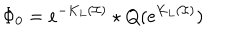
LaTeX: \Phi _ { 0 } = e ^ { - K _ { L } ( \mathcal { I } ) } \star Q ( e ^ { K _ { L } ( \mathcal { I } ) } )